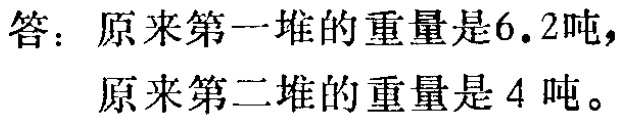
答：原来第一堆的重量是\(6.2\)吨，
原来第二堆的重量是\(4\)吨。